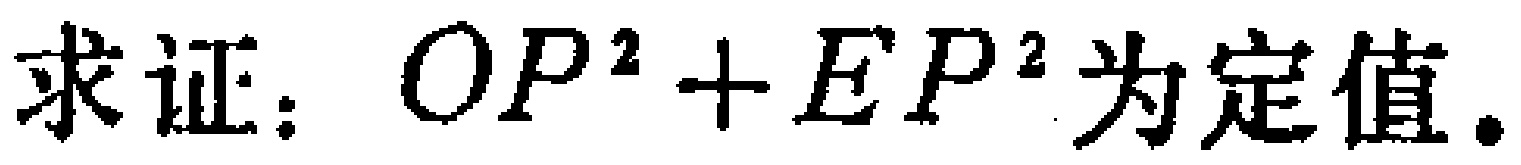
求证：$OP^{2}+EP^{2}$为定值.